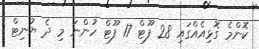
ކޮންމެ ގޮޅިއެއްގައި 28 ފޫޓް 17 ފޫޓް ހުންނަ މި ދެ ޔުނިޓް